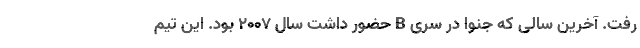
رفت. آخرین سالی که جنوا در سری B‌ حضور داشت سال 2007 بود. این تیم